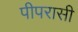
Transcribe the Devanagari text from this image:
पीपरासी